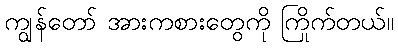
ကျွန်တော် အားကစားတွေကို ကြိုက်တယ်။